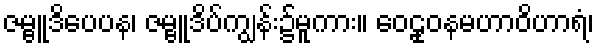
ဇမ္ဗူဒိပေပန၊ ဇမ္ဗူဒိပ်ကျွန်း၌မူကား။ ဝေဠုဝနမဟာဝိဟာရံ၊